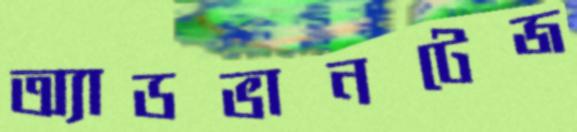
অ্যাডভানটেজ